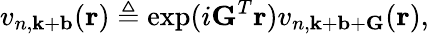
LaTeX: v_{n,\mathbf{k}+\mathbf{b}}(\mathbf{r})\triangleq\exp(i\mathbf{G}^{T}\mathbf{r})v_{n,\mathbf{k}+\mathbf{b}+\mathbf{G}}(\mathbf{r}),